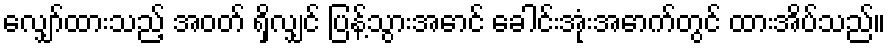
လျှော်ထားသည့် အဝတ် ရှိလျှင် ပြန့်သွားအောင် ခေါင်းအုံးအောက်တွင် ထားအိပ်သည်။